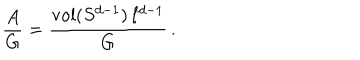
LaTeX: \frac { A } { G } = \frac { \mathrm { v o l } ( S ^ { d - 1 } ) \, \ell ^ { d - 1 } } { G } \, .